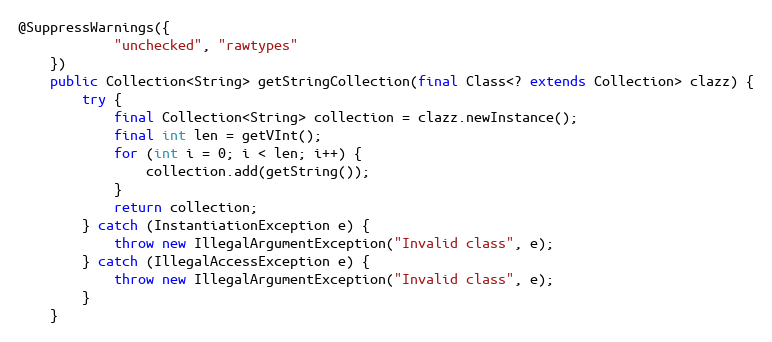
Language: Java
@SuppressWarnings({
			"unchecked", "rawtypes"
	})
	public Collection<String> getStringCollection(final Class<? extends Collection> clazz) {
		try {
			final Collection<String> collection = clazz.newInstance();
			final int len = getVInt();
			for (int i = 0; i < len; i++) {
				collection.add(getString());
			}
			return collection;
		} catch (InstantiationException e) {
			throw new IllegalArgumentException("Invalid class", e);
		} catch (IllegalAccessException e) {
			throw new IllegalArgumentException("Invalid class", e);
		}
	}